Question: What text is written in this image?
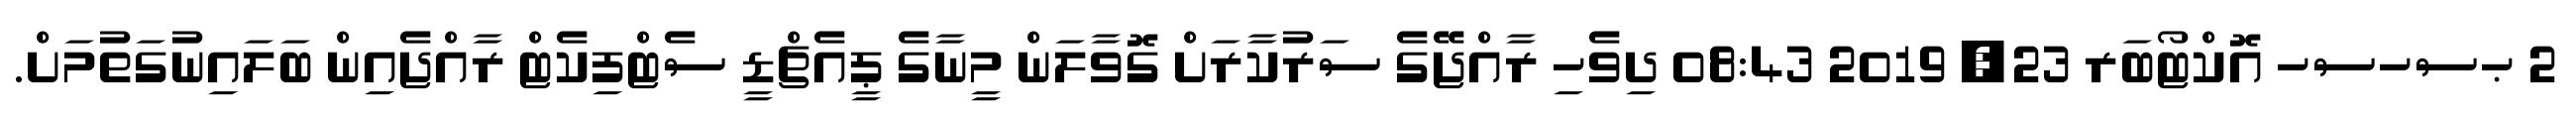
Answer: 2 ޙސހސހ އޮކްޓޯބަރ 23, 2019 08:43 ދިވެހި ރާއްޖޭގެ ސަރުކާރަށް ގޮވާލަން މީނާގެ ޕީއެޗްޑީ ސެޓްފިކެޓް ރާއްޖެއިން ބަލައިނުގަތުމަށް.